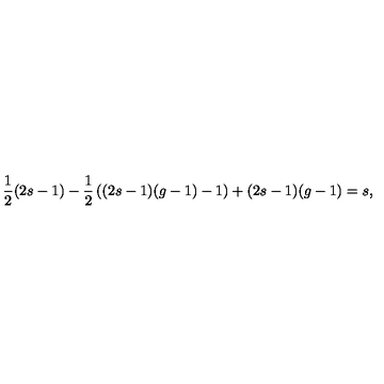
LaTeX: { \frac { 1 } { 2 } } ( 2 s - 1 ) - { \frac { 1 } { 2 } } \left( ( 2 s - 1 ) ( g - 1 ) - 1 \right) + ( 2 s - 1 ) ( g - 1 ) = s ,